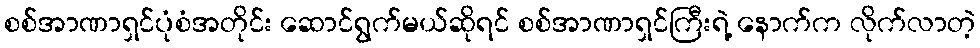
စစ်အာဏာရှင်ပုံစံအတိုင်း ဆောင်ရွက်မယ်ဆိုရင် စစ်အာဏာရှင်ကြီးရဲ့ နောက်က လိုက်လာတဲ့